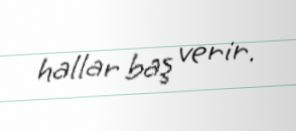
hallar baş verir.